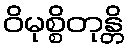
ဝိမုစ္စိတုန္တိ